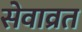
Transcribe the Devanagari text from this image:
सेवाव्रत